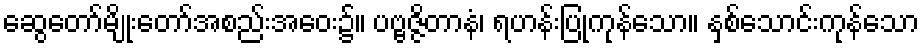
ဆွေတော်မျိုးတော်အစည်းအဝေး၌။ ပဗ္ဗဇ္ဇိတာနံ၊ ရဟန်းပြုကုန်သော။ နှစ်သောင်းကုန်သော